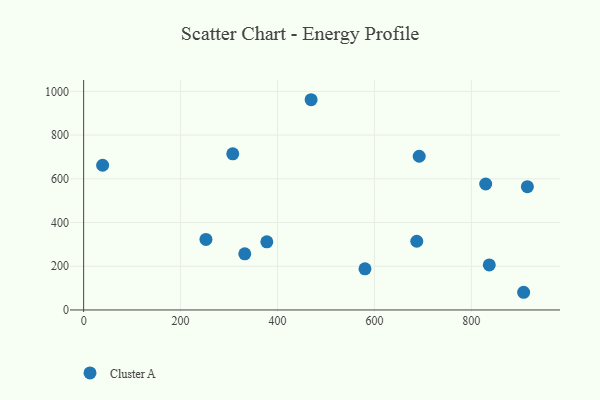
{"axis": {"x": "Engine Size", "y": "Rating"}, "legend": ["Cluster A"], "data": [{"x": "829.6", "y": 576.3, "type": "Cluster A"}, {"x": "332.5", "y": 256.9, "type": "Cluster A"}, {"x": "252.4", "y": 322.6, "type": "Cluster A"}, {"x": "378.0", "y": 311.7, "type": "Cluster A"}, {"x": "39.2", "y": 662.0, "type": "Cluster A"}, {"x": "687.4", "y": 314.4, "type": "Cluster A"}, {"x": "692.4", "y": 703.2, "type": "Cluster A"}, {"x": "307.7", "y": 714.2, "type": "Cluster A"}, {"x": "469.4", "y": 961.8, "type": "Cluster A"}, {"x": "580.5", "y": 188.0, "type": "Cluster A"}, {"x": "907.9", "y": 80.9, "type": "Cluster A"}, {"x": "915.6", "y": 564.0, "type": "Cluster A"}, {"x": "837.0", "y": 206.0, "type": "Cluster A"}]}